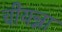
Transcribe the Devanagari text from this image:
चीयन्ना